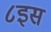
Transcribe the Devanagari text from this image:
८इस